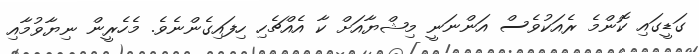
ގަޑީގައި ކޮންމެ ރެއަކުވެސް އަންނަނީ މިޝްޔާއަށް ކާ އެއްޗެހި ހިފައިގެންނެވެ. މެހެރީން ނިޔާވުމާއި